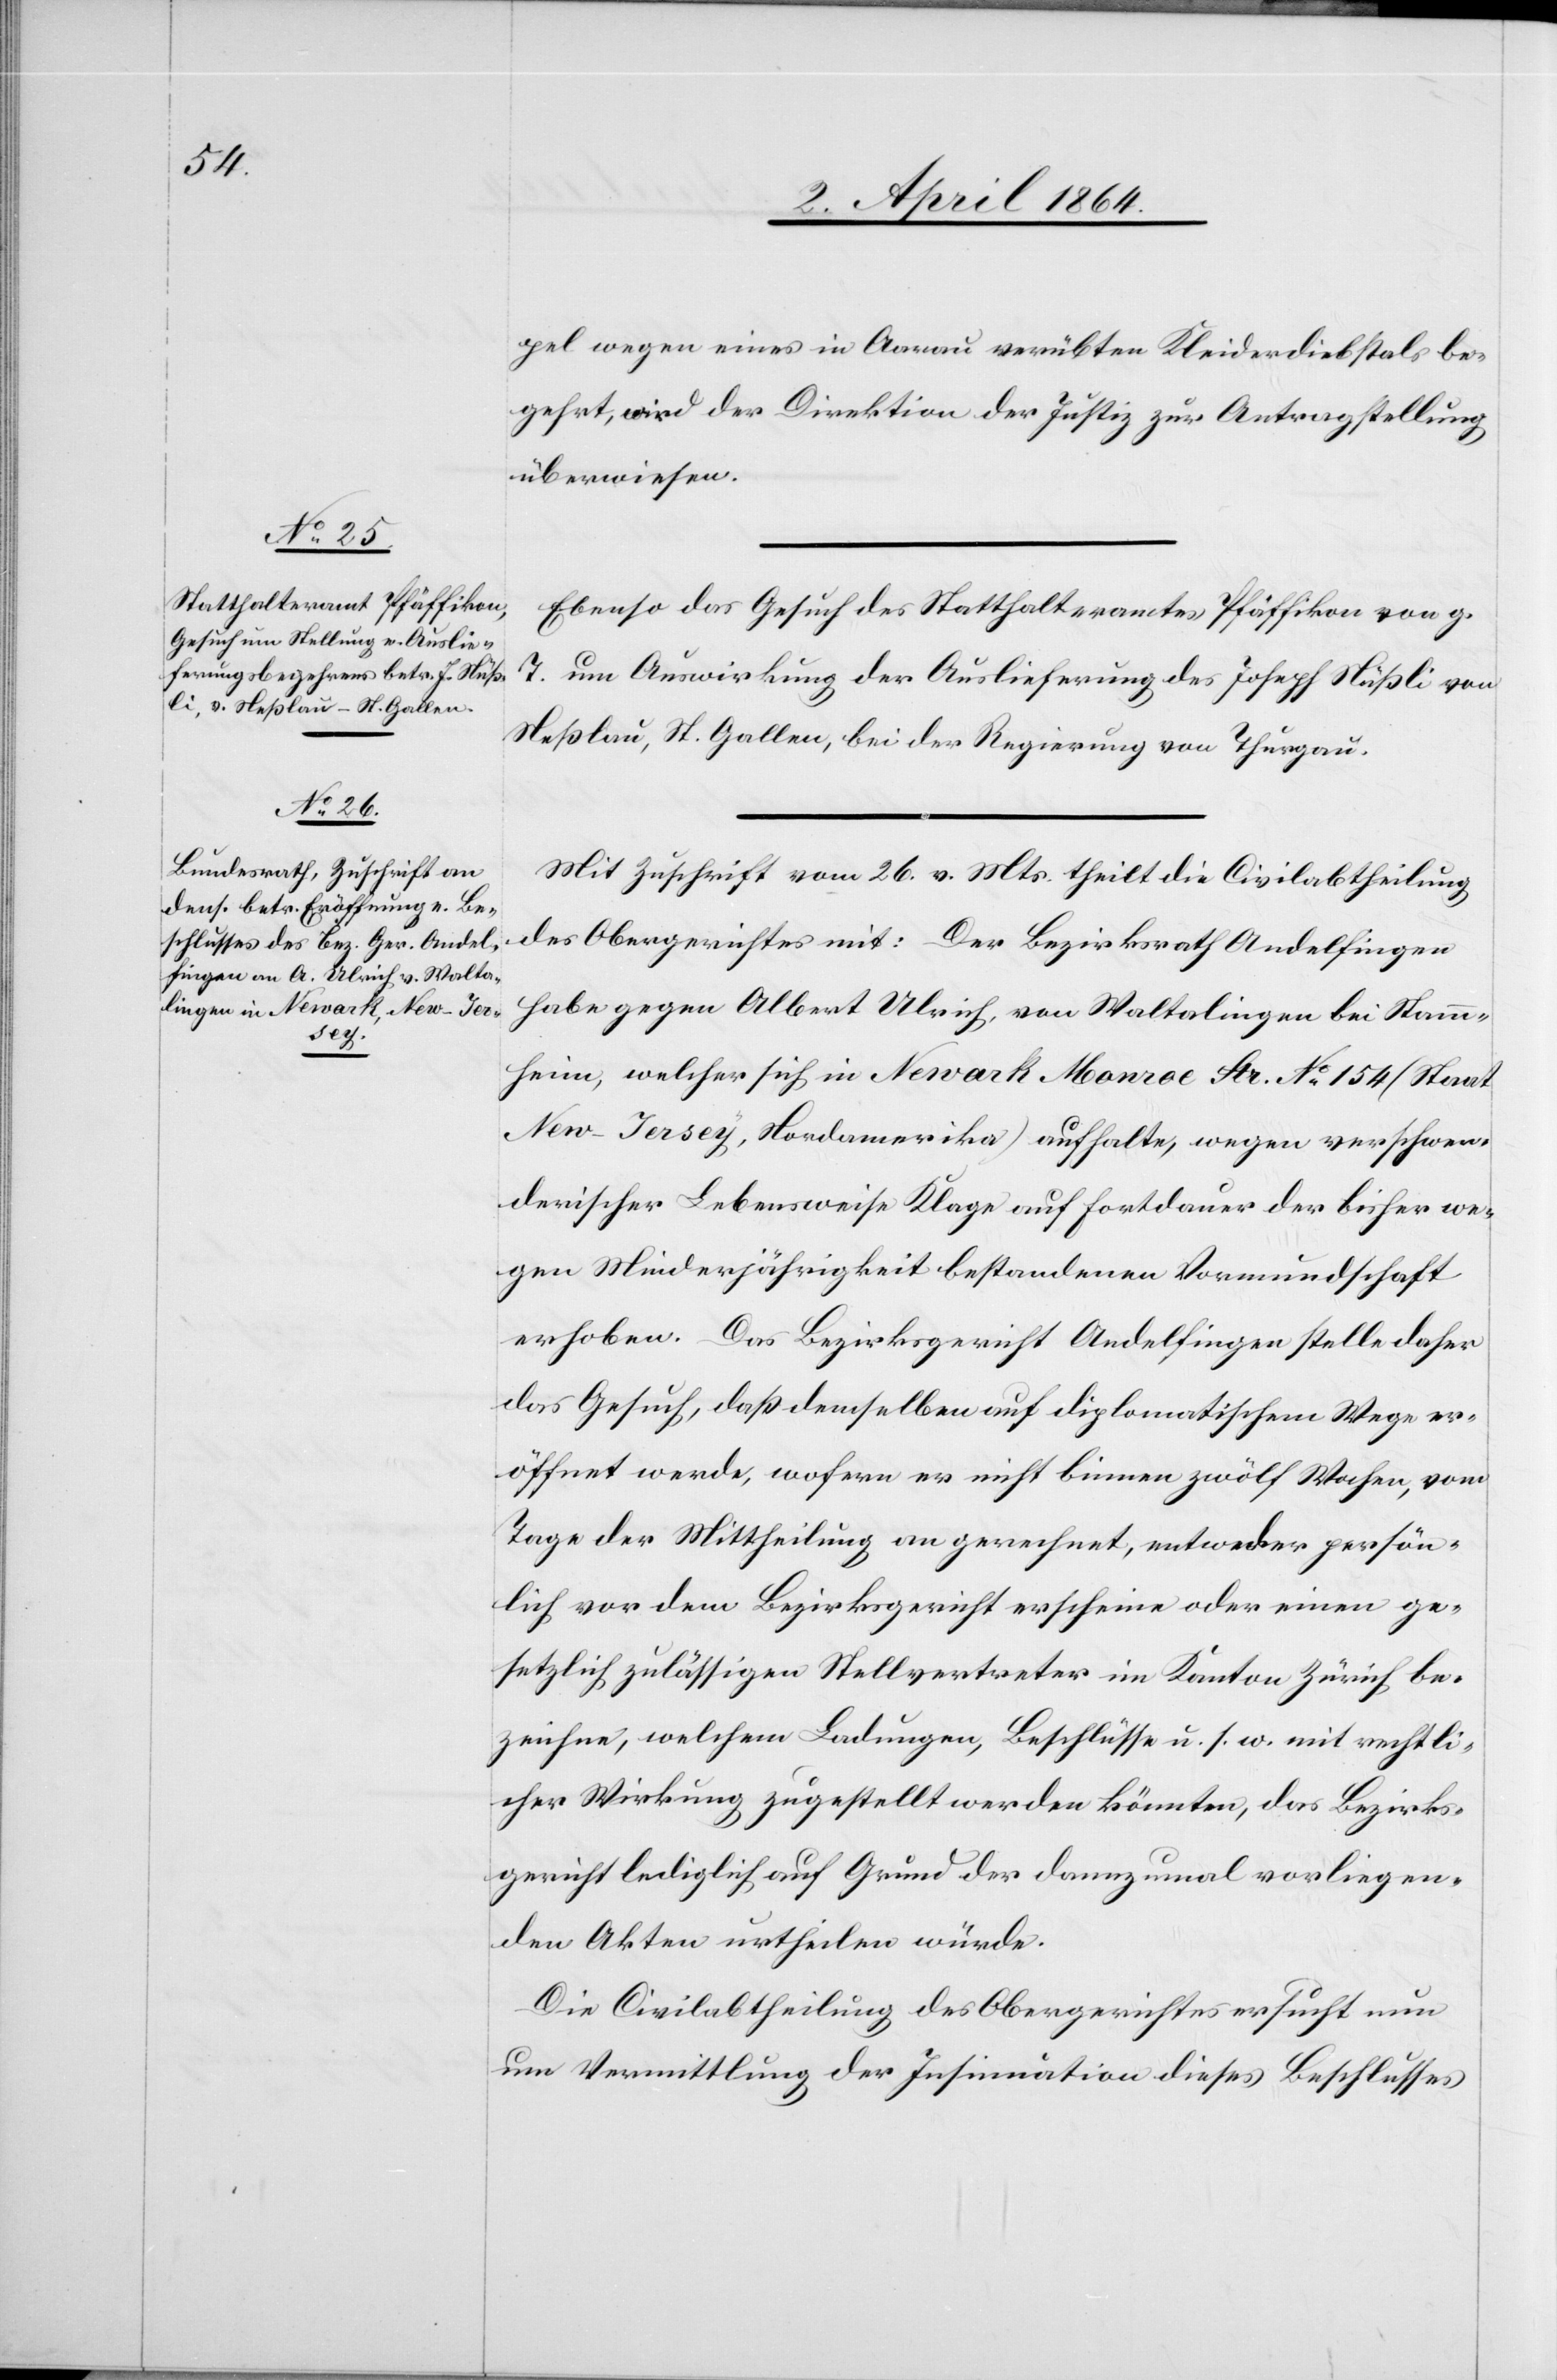
5. April 1864.]
pel wegen eines in Aarau verübten Kleiderdiebstals be¬
gehrt, wird der Direktion der Justiz zur Antragstellung
überwiesen.
Ebenso das Gesuch des Statthalteramtes Pfäffikon von g.
T. um Auswirkung der Auslieferung des Joseph Nüßli von
Neßlau, St. Gallen, bei der Regierung von Thurgau.
Mit Zuschrift vom 26. v. Mts. theilt die Civilabtheilung
des Obergerichtes mit: Der Bezirksrath Andelfingen
habe gegen Albert Ulrich, von Waltalingen bei Stamm¬
heim, welcher sich in Newark Monroc Str. No 154 (Staat
New-Jersey, Nordamerika) aufhalte, wegen verschwen¬
derischer Lebensweise Klage auf Fortdauer der bisher we¬
gen Minderjährigkeit bestandenen Vormundschaft
erhoben. Das Bezirksgericht Andelfingen stelle daher
das Gesuch, daß demselben auf diplomatischem Wege er¬
öffnet werde, wofern er nicht binnen zwölf Wochen, vom
Tage der Mittheilung an gerechnet, entweder persön¬
lich vor dem Bezirksgericht erscheine oder einen ge¬
setzlich zulässigen Stellvertreter im Kanton Zürich be¬
zeichne, welchem Ladungen, Beschlüsse u. s. w. mit rechtli¬
cher Wirkung zugestellt werden könnten, das Bezirks¬
gericht lediglich auf Grund der dannzumal vorliegen¬
den Akten urtheilen würde.
Die Civilabtheilung des Obergerichtes ersucht nun
um Vermittlung der Insinuation dieses Beschlusses